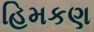
હિમકણ